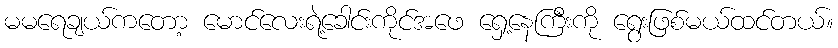
မမရေချယ်ကတော့ မောင်လေးရဲ့ခေါင်းကိုင်အဖေ ရှေ့နေကြီးကို ရွေးဖြစ်မယ်ထင်တယ်။